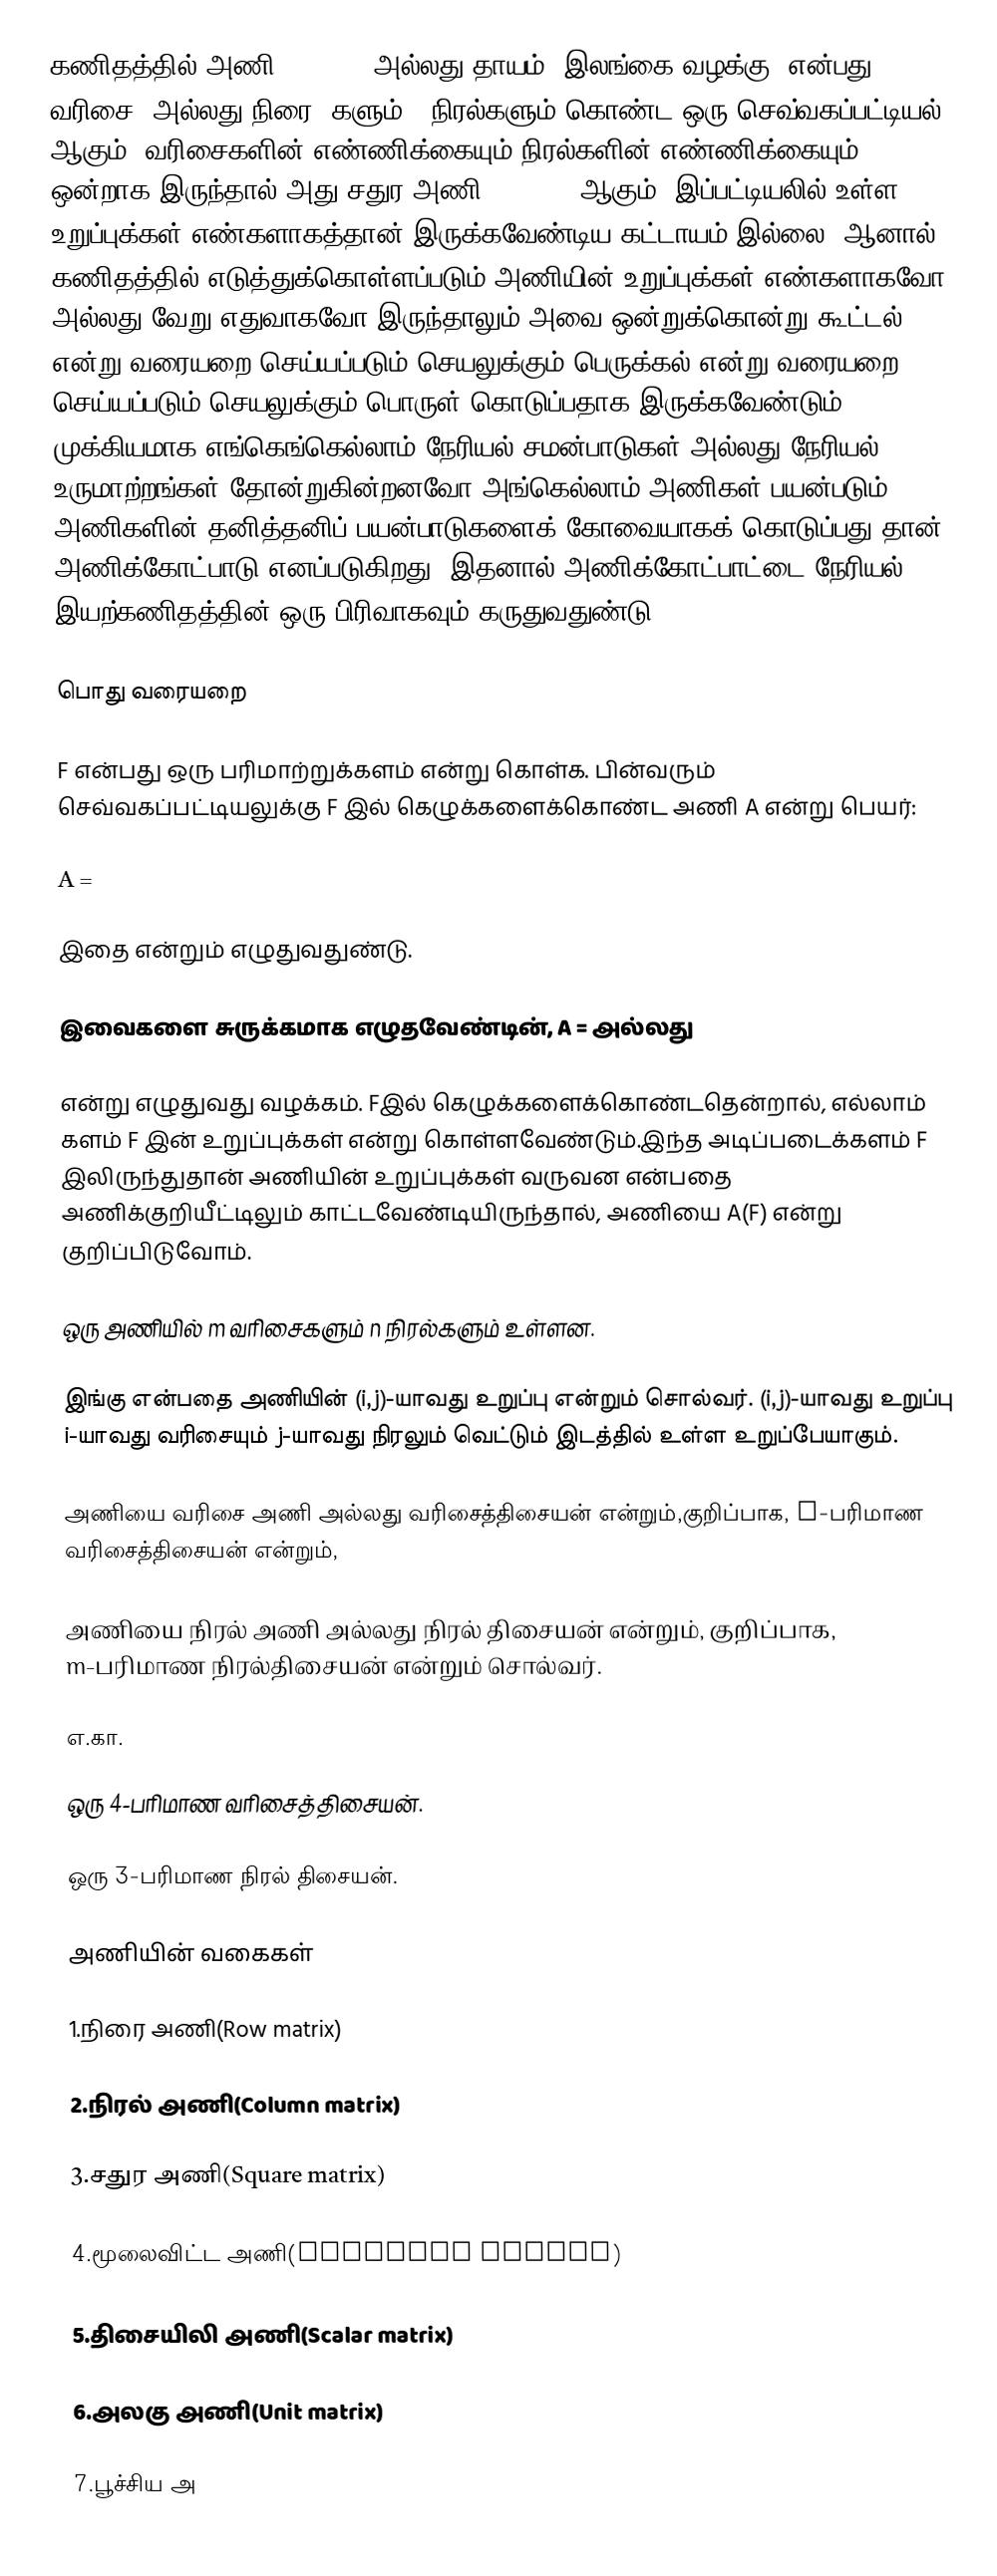
கணிதத்தில்  அணி (matrix) அல்லது தாயம் (இலங்கை வழக்கு) என்பது  m வரிசை  (அல்லது நிரை) களும் n நிரல்களும் கொண்ட ஒரு செவ்வகப்பட்டியல் ஆகும். வரிசைகளின் எண்ணிக்கையும் நிரல்களின் எண்ணிக்கையும் ஒன்றாக இருந்தால் அது சதுர அணி ( m = n) ஆகும். இப்பட்டியலில் உள்ள உறுப்புக்கள் எண்களாகத்தான் இருக்கவேண்டிய கட்டாயம் இல்லை.  ஆனால் கணிதத்தில் எடுத்துக்கொள்ளப்படும் அணியின் உறுப்புக்கள்  எண்களாகவோ அல்லது வேறு எதுவாகவோ  இருந்தாலும் அவை ஒன்றுக்கொன்று கூட்டல் என்று வரையறை செய்யப்படும் செயலுக்கும் பெருக்கல் என்று வரையறை செய்யப்படும் செயலுக்கும் பொருள் கொடுப்பதாக  இருக்கவேண்டும்.   முக்கியமாக எங்கெங்கெல்லாம் நேரியல் சமன்பாடுகள் அல்லது நேரியல் உருமாற்றங்கள் தோன்றுகின்றனவோ அங்கெல்லாம் அணிகள் பயன்படும்.  அணிகளின் தனித்தனிப் பயன்பாடுகளைக் கோவையாகக் கொடுப்பது தான் அணிக்கோட்பாடு எனப்படுகிறது. இதனால் அணிக்கோட்பாட்டை நேரியல் இயற்கணிதத்தின் ஒரு பிரிவாகவும் கருதுவதுண்டு.

பொது வரையறை

F என்பது ஒரு பரிமாற்றுக்களம் என்று கொள்க. பின்வரும் செவ்வகப்பட்டியலுக்கு  F இல் கெழுக்களைக்கொண்ட  அணி  A  என்று பெயர்:

A =

இதை     என்றும் எழுதுவதுண்டு.

இவைகளை சுருக்கமாக எழுதவேண்டின்,   A =   அல்லது

என்று  எழுதுவது வழக்கம். Fஇல் கெழுக்களைக்கொண்டதென்றால்,  எல்லாம் களம் F இன் உறுப்புக்கள் என்று கொள்ளவேண்டும்.இந்த அடிப்படைக்களம்  F இலிருந்துதான் அணியின் உறுப்புக்கள் வருவன என்பதை அணிக்குறியீட்டிலும் காட்டவேண்டியிருந்தால், அணியை   A(F) என்று குறிப்பிடுவோம்.

ஒரு  அணியில்  m வரிசைகளும்  n நிரல்களும் உள்ளன.

இங்கு    என்பதை  அணியின்  (i,j)-யாவது உறுப்பு என்றும் சொல்வர்.  (i,j)-யாவது உறுப்பு  i-யாவது வரிசையும் j-யாவது நிரலும் வெட்டும் இடத்தில் உள்ள உறுப்பேயாகும்.

  அணியை வரிசை அணி அல்லது வரிசைத்திசையன் என்றும்,குறிப்பாக, n-பரிமாண வரிசைத்திசையன் என்றும்,

  அணியை நிரல் அணி அல்லது நிரல் திசையன் என்றும், குறிப்பாக, m-பரிமாண நிரல்திசையன் என்றும்   சொல்வர்.

எ.கா.

  ஒரு  4-பரிமாண வரிசைத்திசையன்.

  ஒரு 3-பரிமாண நிரல் திசையன்.

அணியின் வகைகள்

1.நிரை அணி(Row matrix)

2.நிரல் அணி(Column matrix)

3.சதுர அணி(Square matrix)

4.மூலைவிட்ட அணி(Diagonal matrix)

5.திசையிலி அணி(Scalar matrix)

6.அலகு அணி(Unit matrix)

7.பூச்சிய அ